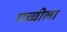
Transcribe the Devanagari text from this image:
गच्चीला